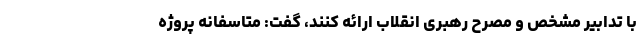
با تدابیر مشخص و مصرح رهبری انقلاب ارائه کنند، گفت: متاسفانه پروژه